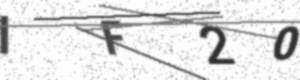
Text: IF20